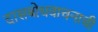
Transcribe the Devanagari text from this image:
दासबोधवाचनाची